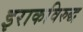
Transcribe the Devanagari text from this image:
इराकविरुद्ध